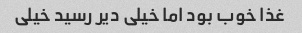
غذا خوب بود اما خیلی دیر رسید خیلی